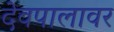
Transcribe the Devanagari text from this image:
देवपालावर